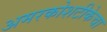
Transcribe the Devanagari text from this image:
अमरकोशटीकेचा